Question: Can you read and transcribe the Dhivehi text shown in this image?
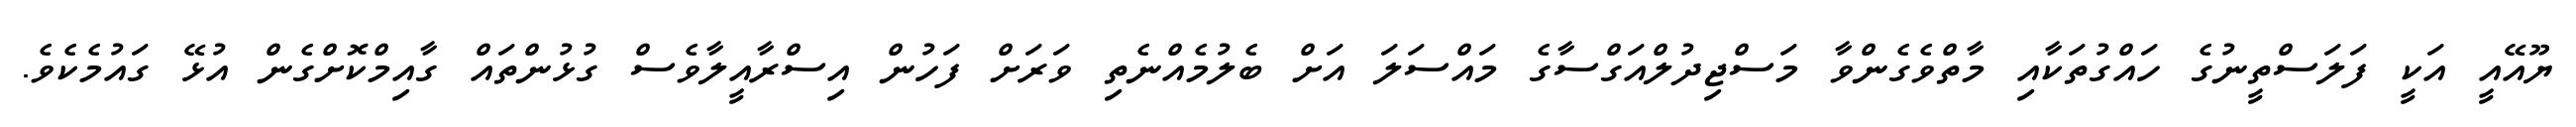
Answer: ޔޫއޭއީ އަކީ ފަލަސްތީނުގެ ހައްގުތަކާއި މާތްވެގެންވާ މަސްޖިދުލްއަގްސާގެ މައްސަލަ އަށް ބެލުމެއްނެތި ވަރަށް ފަހުން އިސްރާއީލާވެސް ގުޅުންތައް ގާއިމްކޮށްގެން އުޅޭ ގައުމެކެވެ.